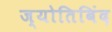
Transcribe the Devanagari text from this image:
ज्योतिबिंद